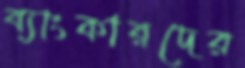
ব্যাংকারদের